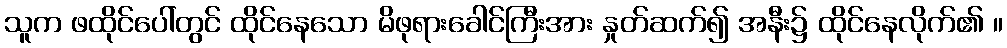
သူက ဖထိုင်ပေါ်တွင် ထိုင်နေသော မိဖုရားခေါင်ကြီးအား နှုတ်ဆက်၍ အနီး၌ ထိုင်နေလိုက်၏ ။